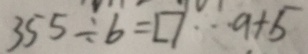
3 5 5 \div b = \square \cdots a + 5